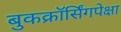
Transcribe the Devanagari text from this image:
बुकक्रॉर्सिंगपेक्षा